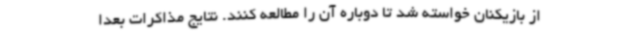
از بازیکنان خواسته شد تا دوباره آن را مطالعه کنند. نتایج مذاکرات بعدا